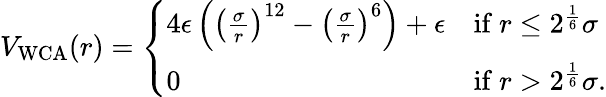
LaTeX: \begin{array}{r}{V_{\mathrm{WCA}}(r)=\left\{ \begin{array}{ll}{4\epsilon\left(\left(\frac{\sigma}{r}\right)^{12}-\left(\frac{\sigma}{r}\right)^{6}\right)+\epsilon}&{\mathrm{if~}r\leq 2^{\frac{1}{6}}\sigma}\\ {0}&{\mathrm{if~}r>2^{\frac{1}{6}}\sigma.}\end{array}\right.}\end{array}